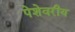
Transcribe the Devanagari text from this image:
पेशेवरीय